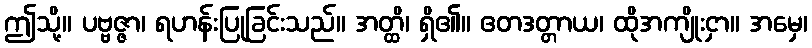
ဤသို့။ ပဗ္ဗဇ္ဇာ၊ ရဟန်းပြုခြင်းသည်။ အတ္ထိ၊ ရှိ၏။ ဧတဒတ္တာယ၊ ထိုအကျိုးငှာ။ အမှေ၊